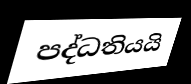
පද්ධතියයි